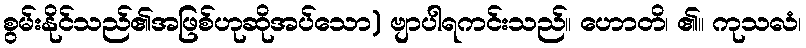
စွမ်းနိုင်သည်၏အဖြစ်ဟုဆိုအပ်သော) ဗျာပါရကင်းသည်။ ဟောတိ၊ ၏။ ကုသလံ၊